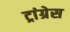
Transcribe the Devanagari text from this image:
ट्रांग्रेस